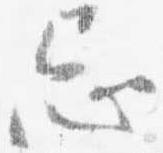
忌